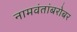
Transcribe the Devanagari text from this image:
नामवंतांबरोबर